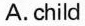
A. child